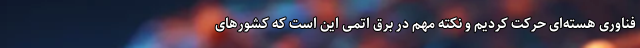
فناوری هسته‌ای حرکت کردیم و نکته مهم در برق اتمی این است که کشورهای